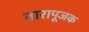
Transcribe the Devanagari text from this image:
तारापूजक